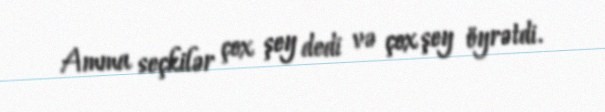
Amma seçkilər çox şey dedi və çox şey öyrətdi.